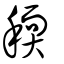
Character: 稬